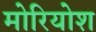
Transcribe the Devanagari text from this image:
मोरियोश